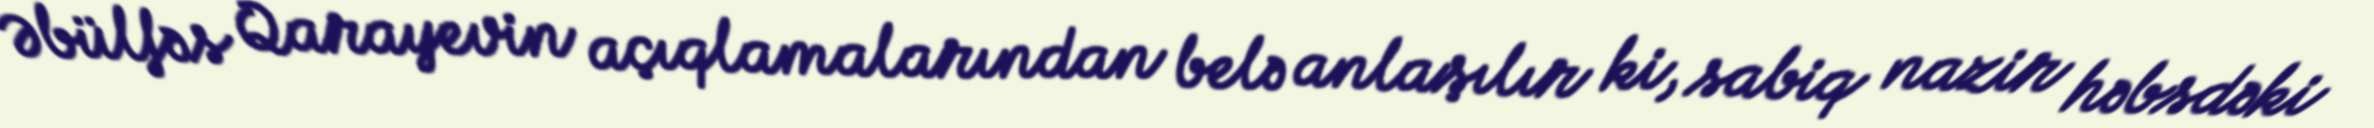
Əbülfəs Qarayevin açıqlamalarından belə anlaşılır ki, sabiq nazir həbsdəki